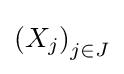
{(X_{j})}_{j\in J}